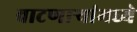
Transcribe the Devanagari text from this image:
वाटणाऱ्यांमध्ये